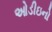
ઓડીઇનો